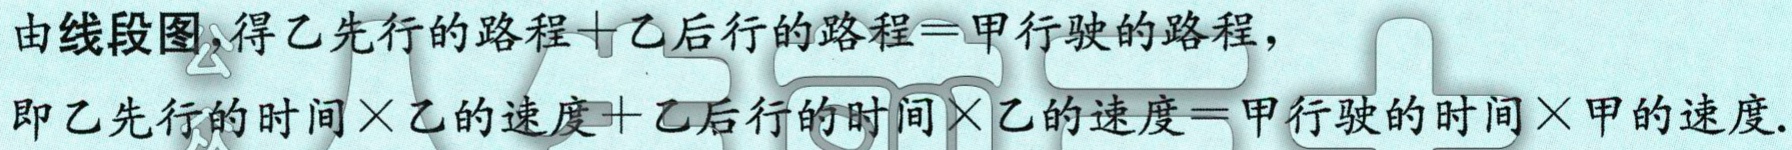
由线段图，得乙先行的路程＋乙后行的路程＝甲行驶的路程，
即乙先行的时间×乙的速度＋乙后行的时间×乙的速度＝甲行驶的时间×甲的速度.